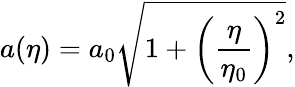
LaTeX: a(\eta)=a_{0}\sqrt{1+\left({\frac{\eta}{\eta_{0}}}\right)^{2}},